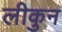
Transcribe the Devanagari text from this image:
लीकुन